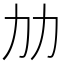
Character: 𠠴